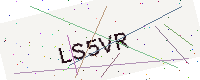
Text: LS5VR